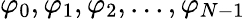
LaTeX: \varphi_{0},\varphi_{1},\varphi_{2},...,\varphi_{N-1}